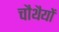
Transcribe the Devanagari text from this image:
चौथैयों